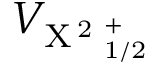
V _ { \mathrm { X \, ^ { 2 } \Sigma _ { 1 / 2 } ^ { + } } }